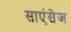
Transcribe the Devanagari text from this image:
साएंसेज